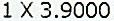
1 X 3.9000